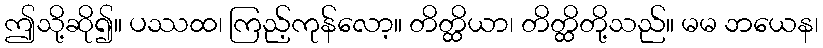
ဤသို့ဆို၍။ ပဿထ၊ ကြည့်ကုန်လော့။ တိတ္ထိယာ၊ တိတ္ထိတို့သည်။ မမ ဘယေန၊